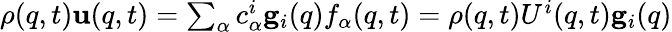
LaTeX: \begin{array}{r}{\rho({q},t){\mathbf u}({q},t)=\sum_{\alpha}{c}_{\alpha}^{i}{\mathbf g}_{i}({q})f_{\alpha}({q},t)=\rho({q},t){U}^{i}({q},t){\mathbf g}_{i}({q})}\end{array}